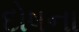
દોષના